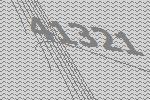
41321